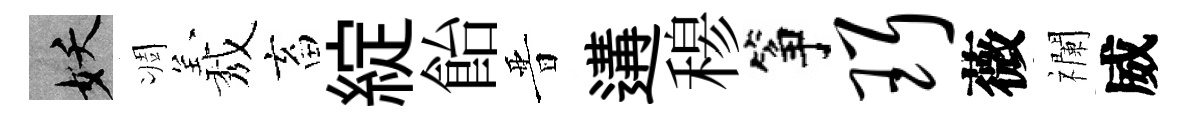
妖凋𦏁畜綻飴晋遘𥠇筝珥薇襴威